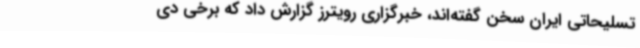
تسلیحاتی ایران سخن گفته‌اند، خبرگزاری رویترز گزارش داد که برخی دی